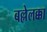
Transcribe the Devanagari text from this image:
बल्लेलक्का